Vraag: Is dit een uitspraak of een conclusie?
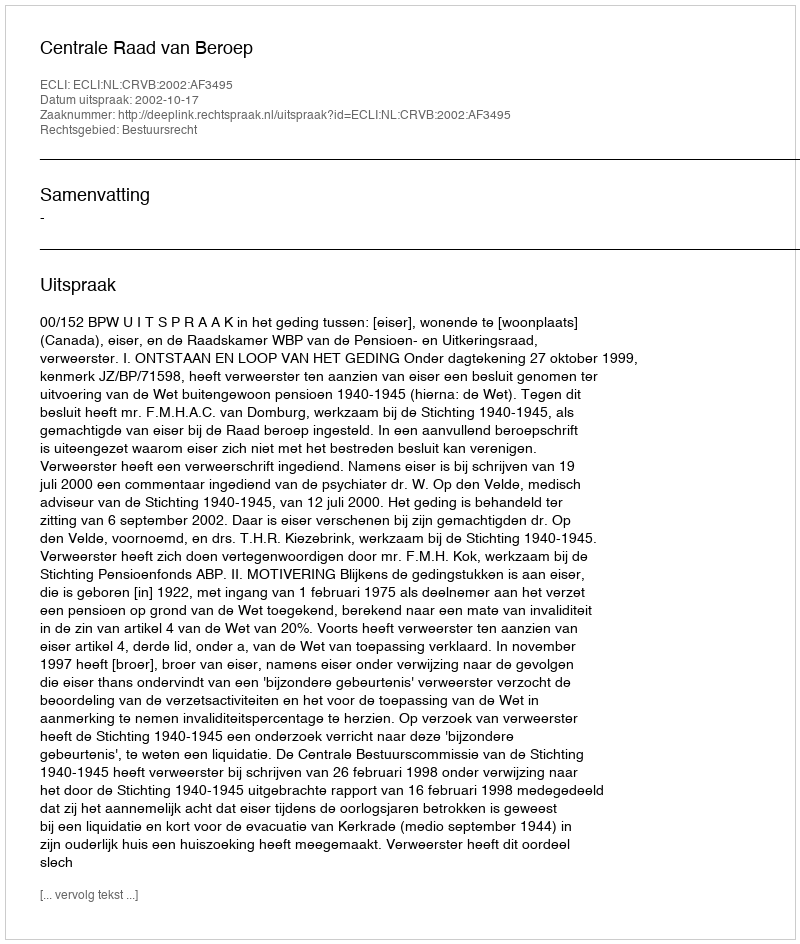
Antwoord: Uitspraak